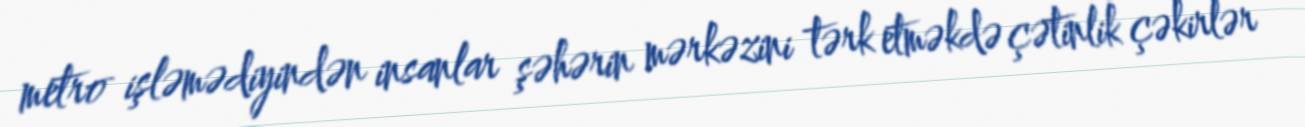
metro işləmədiyindən insanlar şəhərin mərkəzini tərk etməkdə çətinlik çəkirlər